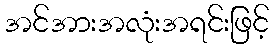
အင်အားအလုံးအရင်းဖြင့်